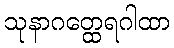
သုနာဂတ္ထေရဂါထာ